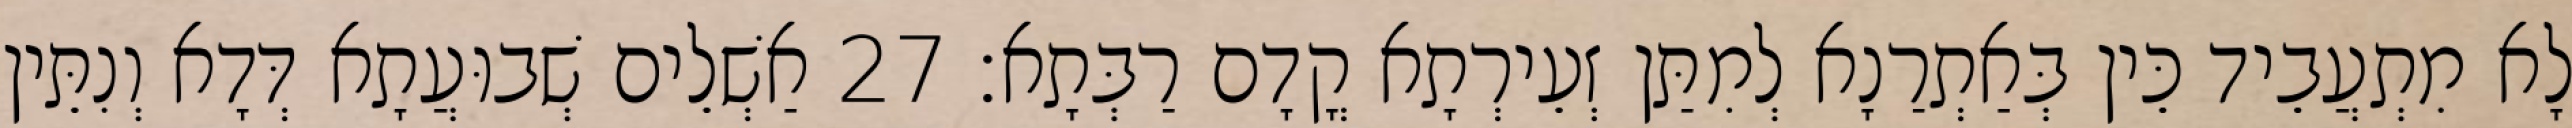
לָא מִתְעֲבֵיד כֵּין בְּאַתְרַנָא לְמִתַּן זְעֵירְתָא קֳדָם רַבְּתָא׃ 27 אַשְׁלֵים שְׁבוּעֲתָא דְּדָא וְנִתֵּין